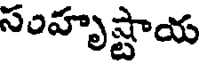
సంహృష్టాయ